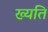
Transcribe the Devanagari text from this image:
ख्यति